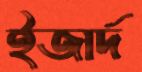
ইজার্দ